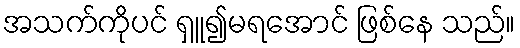
အသက်ကိုပင် ရှူ၍မရအောင် ဖြစ်နေ သည်။